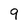
Character: 9